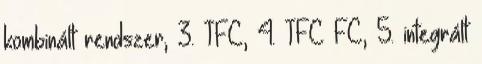
kombinált rendszer, 3. TFC, 4. TFC FC, 5. integrált